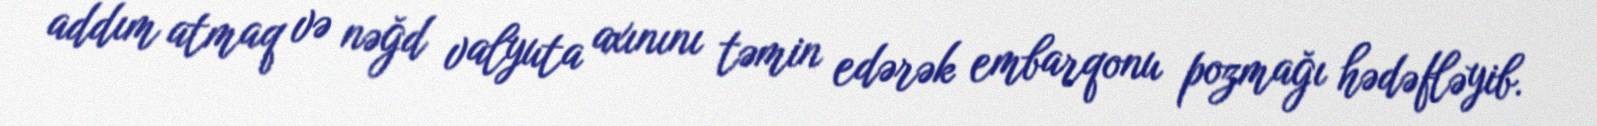
addım atmaq və nəğd valyuta axınını təmin edərək embarqonu pozmağı hədəfləyib.